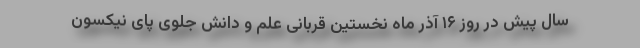
سال پیش در روز ۱۶ آذر ماه نخستین قربانی علم و دانش جلوی پای نیکسون